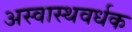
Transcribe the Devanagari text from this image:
अस्वास्थवर्धक